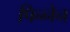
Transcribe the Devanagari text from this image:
पिन्नेन